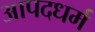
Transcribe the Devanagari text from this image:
आपदधर्म